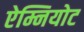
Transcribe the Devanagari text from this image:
ऐम्नियोट